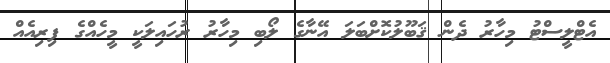
އެޓްލީސްޓު މިހާރު ދެން ޤަބޫލުކޮށްބަލަ އޭނާގެ ލޯބި މިހާރު ރުހައިލަކީ މީހެއްގެ ފިރިއެއް